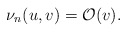
\begin{align*} \nu_n(u,v)=\mathcal{O}(v).\end{align*}